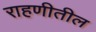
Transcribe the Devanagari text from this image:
राहणीतील